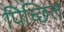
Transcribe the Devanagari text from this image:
पिच्छिल